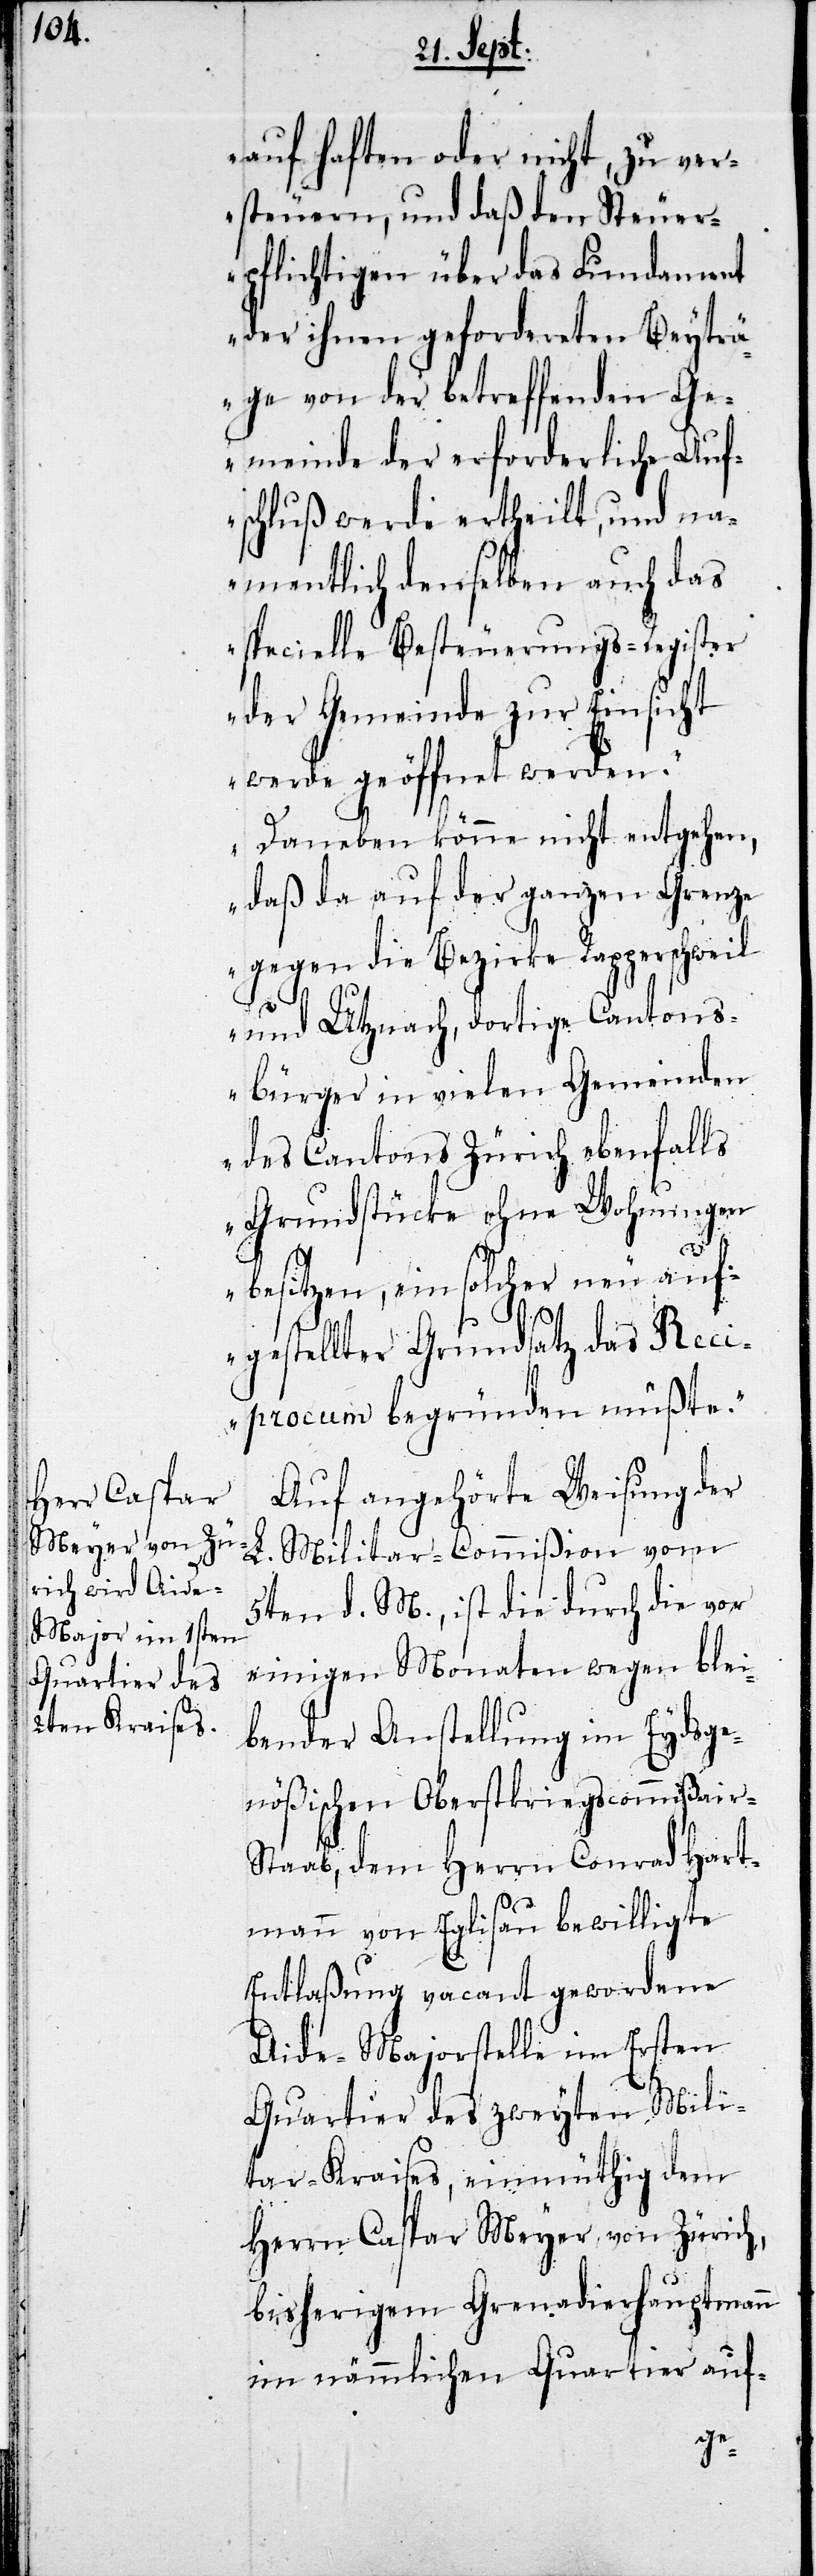
auf haften oder nicht, zu ver¬
steuern, und daß den Steuer¬
pflichtigen über das Fundament
der ihnen geforderten Beyträ¬
ge von der betreffenden Ge¬
meinde der erforderliche Auf¬
schluß werde ertheilt, und na¬
mentlich denselben auch das
specielle Besteuerungs-Register
der Gemeinde zur Einsicht
werde geöffnet werden.
Daneben könne nicht entgehen,
daß da auf der ganzen Grenze
gegen die Bezirke Rappperschweil
und Utznach, dortige Cantons¬
bürger in vielen Gemeinden
des Cantons Zürich ebenfalls
Grundstücke ohne Wohnungen
besitzen, ein solcher neu auf¬
gestellter Grundsatz das Reci¬
procum begründen müßte.“
Auf angehörte Weisung der
L. Militar-Commißion vom
5ten d. M., ist die durch die vor
einigen Monaten wegen blei¬
bender Anstellung im Eydsge¬
nößischen Oberstkriegscommißair-S¬
taab, dem Herrn Conrad Hart¬
mann von Eglisau bewilligte
Entlaßung vacant gewordene
Aide-Majorstelle im Ersten
Quartier des zweyten Mili¬
tar-Kraises, einmüthig dem
Herrn Caspar Meyer, von Zürich,
bisherigem Grenadierhauptmann
im nämmlichen Quartier auf-